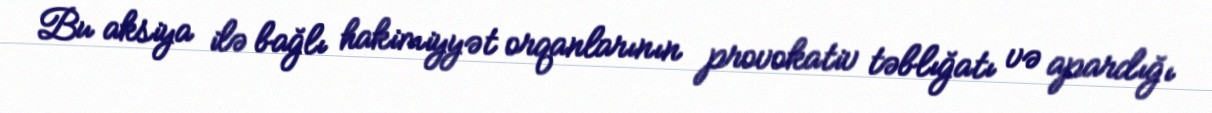
Bu aksiya ilə bağlı hakimiyyət orqanlarının provokativ təblığatı və apardığı